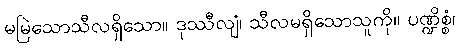
မမြဲသောသီလရှိသော။ ဒုဿီလျံ၊ သီလမရှိသောသူကို။ ပဏ္ဍိစ္စံ၊